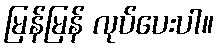
မြန်မြန် လုပ်ပေးပါ။